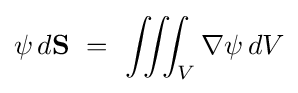
\psi \,d\mathbf {S} \ =\ \iiint _{V}\nabla \psi \,dV